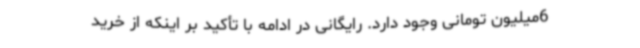
6میلیون تومانی وجود دارد. رایگانی در ادامه با تأکید بر اینکه از خرید